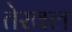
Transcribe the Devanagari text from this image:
तेरवल